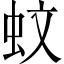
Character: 蚊